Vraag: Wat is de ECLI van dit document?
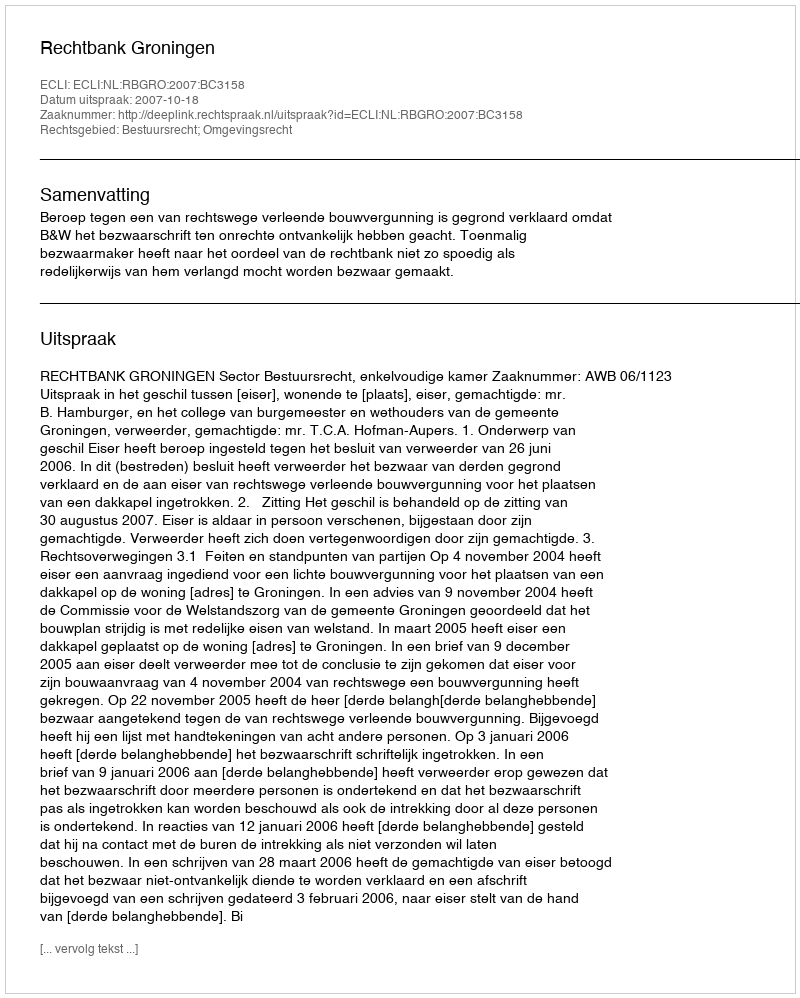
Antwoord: ECLI:NL:RBGRO:2007:BC3158